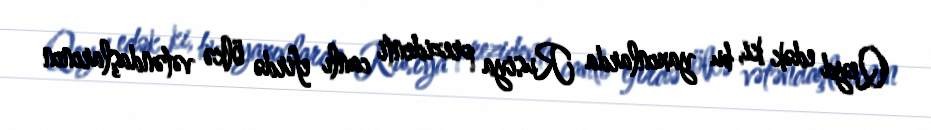
Qeyd edək ki, bu yaxınlarda Rusiya prezidenti canlı efirdə ölkə vətəndaşlarının